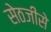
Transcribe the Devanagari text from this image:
सेठजीसे